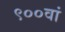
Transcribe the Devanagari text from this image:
९००वां